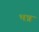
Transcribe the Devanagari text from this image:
भन्न